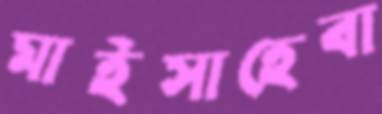
মাইসাহেবা